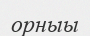
орныы